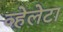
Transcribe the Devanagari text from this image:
व्हेलेटा